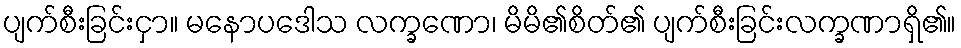
ပျက်စီးခြင်းငှာ။ မနောပဒေါသ လက္ခဏော၊ မိမိ၏စိတ်၏ ပျက်စီးခြင်းလက္ခဏာရှိ၏။